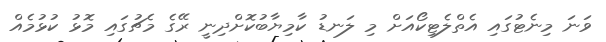
ވަނަ މިނެޓުގައި އެތްލެޓިކޯއަށް މި ލަނޑު ކާމިޔާބުކޮށްދިނީ ރޭގެ މެޗުގައި މޮޅު ކުޅުމެއް